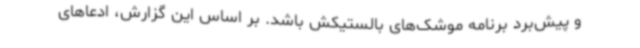
و پیش‌برد برنامه موشک‌های بالستیکش باشد. بر اساس این گزارش، ادعاهای